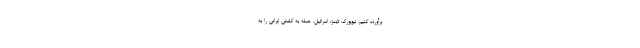
برآورده کنیم. نیویورک ‌تایمز: اسرائیل، حمله به کشتی ایرانی را به